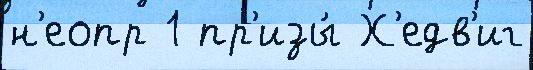
н'еопр 1 пр'изы́ Х'едв'иг